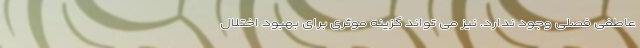
عاطفی فصلی وجود ندارد. نیز می تواند گزینه موثری برای بهبود اختلال